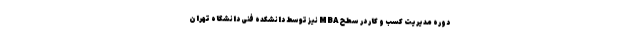
دوره مدیریت کسب و کار در سطح MBA نیز توسط دانشکده فنی دانشگاه تهران